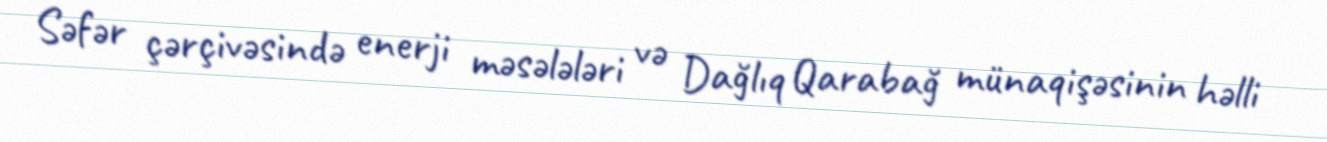
Səfər çərçivəsində enerji məsələləri və Dağlıq Qarabağ münaqişəsinin həlli